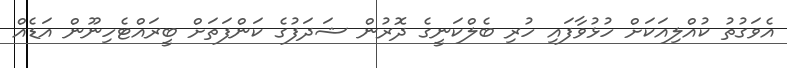
އެވަގުތު ކުއްލިއަކަށް ހުޅުވާފައި ހުރި ބެލްކަނީގެ ދޮރުން ޝަދަފުގެ ކަންފަތަށް ބީރައްޓެހިނޫން އަޑެއް